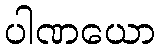
ပါဏယော